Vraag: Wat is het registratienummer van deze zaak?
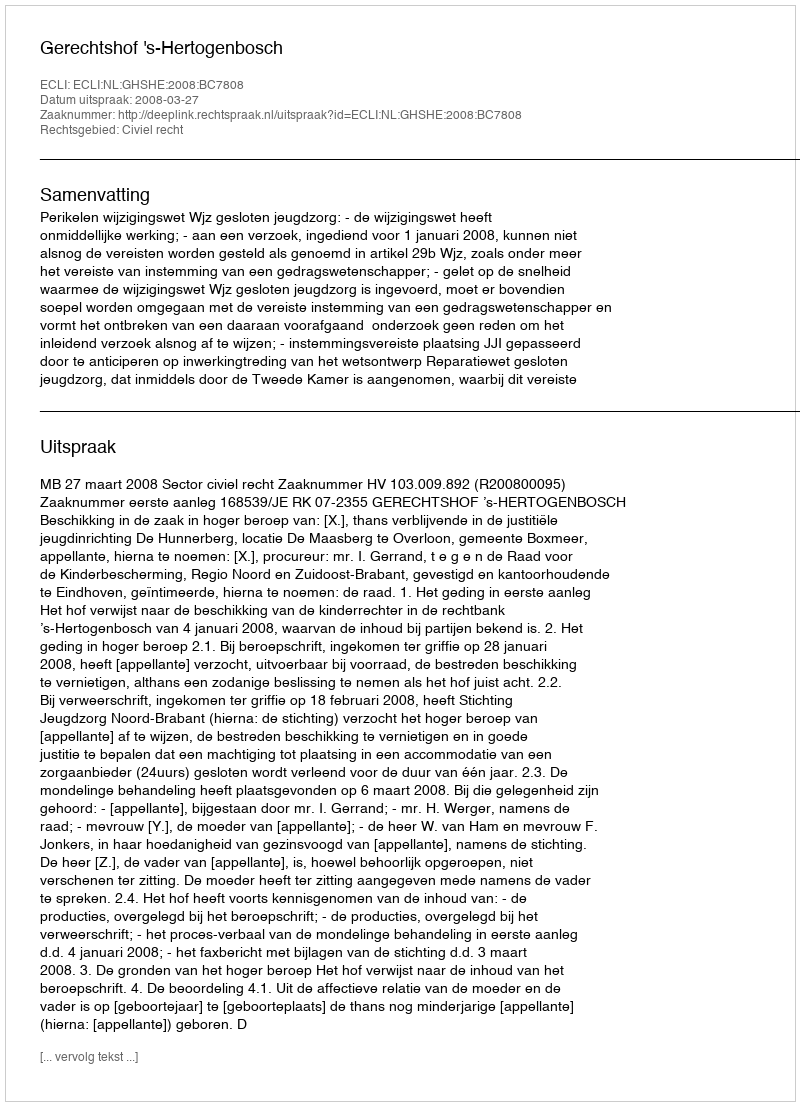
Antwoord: http://deeplink.rechtspraak.nl/uitspraak?id=ECLI:NL:GHSHE:2008:BC7808